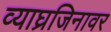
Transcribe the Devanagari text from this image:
व्याघ्रजिनावर